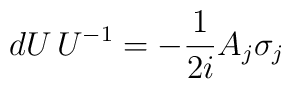
dU\, U^{-1} =   -{1\over 2i} A_j \sigma_j